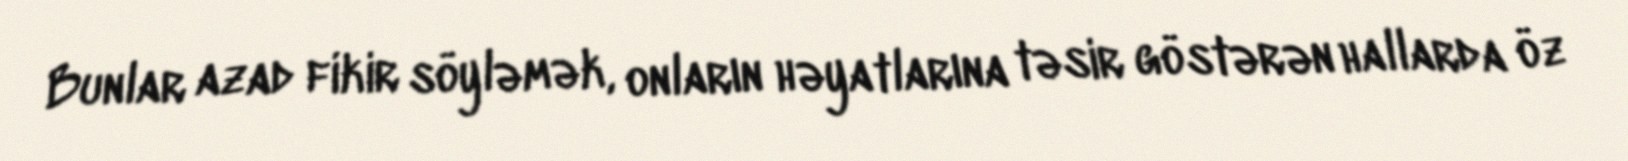
Bunlar azad fikir söyləmək, onların həyatlarına təsir göstərən hallarda öz